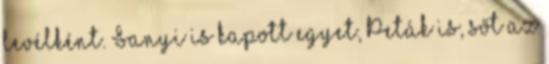
le­vélként. Sanyi is kapott egyet, Peták is, sőt az